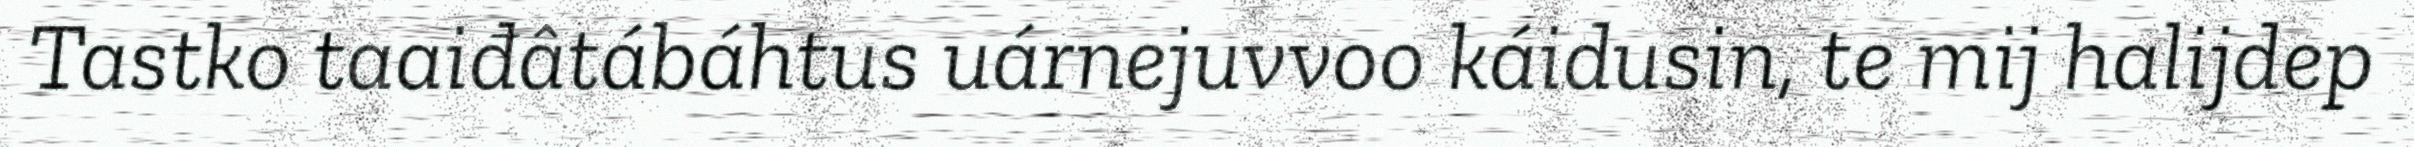
Tastko taaiđâtábáhtus uárnejuvvoo káidusin, te mij halijdep